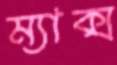
ম্যাক্স